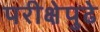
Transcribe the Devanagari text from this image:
परीक्षेपुढे